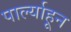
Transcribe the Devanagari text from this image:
पार्ल्याहून